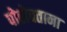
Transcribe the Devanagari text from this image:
पोहोचताना